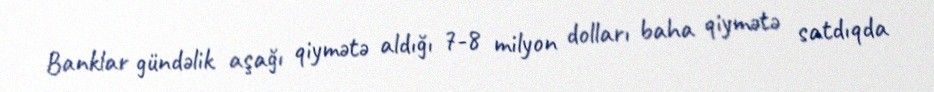
Banklar gündəlik aşağı qiymətə aldığı 7-8 milyon dolları baha qiymətə satdıqda